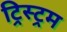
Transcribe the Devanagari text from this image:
ट्रिस्ट्रम